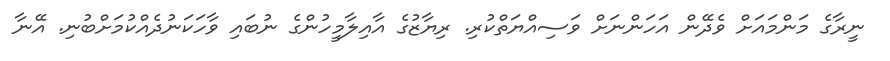
ނީރާގެ މަންމައަށް ވެދޭން އަހަންނަށް ވަސިއްޔަތްކުރި. ރިޔާޒުގެ އާއިލާމީހުންގެ ނުބައި ވާހަކަނުދެއްކުމަށްބުނި. އޭނާ